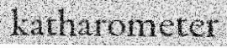
katharometer